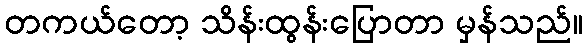
တကယ်တော့ သိန်းထွန်းပြောတာ မှန်သည်။